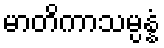
မာတိကာသမ္ပန္နံ